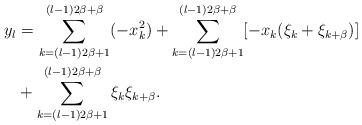
LaTeX: \begin{align*}y_{l}&=\sum\limits_{k=(l-1)2\beta+1}^{(l-1)2\beta+\beta} (-x_{k}^2)+\sum\limits_{k=(l-1)2\beta+1}^{(l-1)2\beta+\beta} [-x_{k}(\xi_{k}+\xi_{k+\beta})]\\& +\sum\limits_{k=(l-1)2\beta+1}^{(l-1)2\beta+\beta} \xi_{k}\xi_{k+\beta}.\\\end{align*}